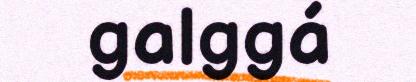
galggá